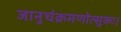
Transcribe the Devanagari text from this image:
जानुचंक्रमणोत्सुकः।